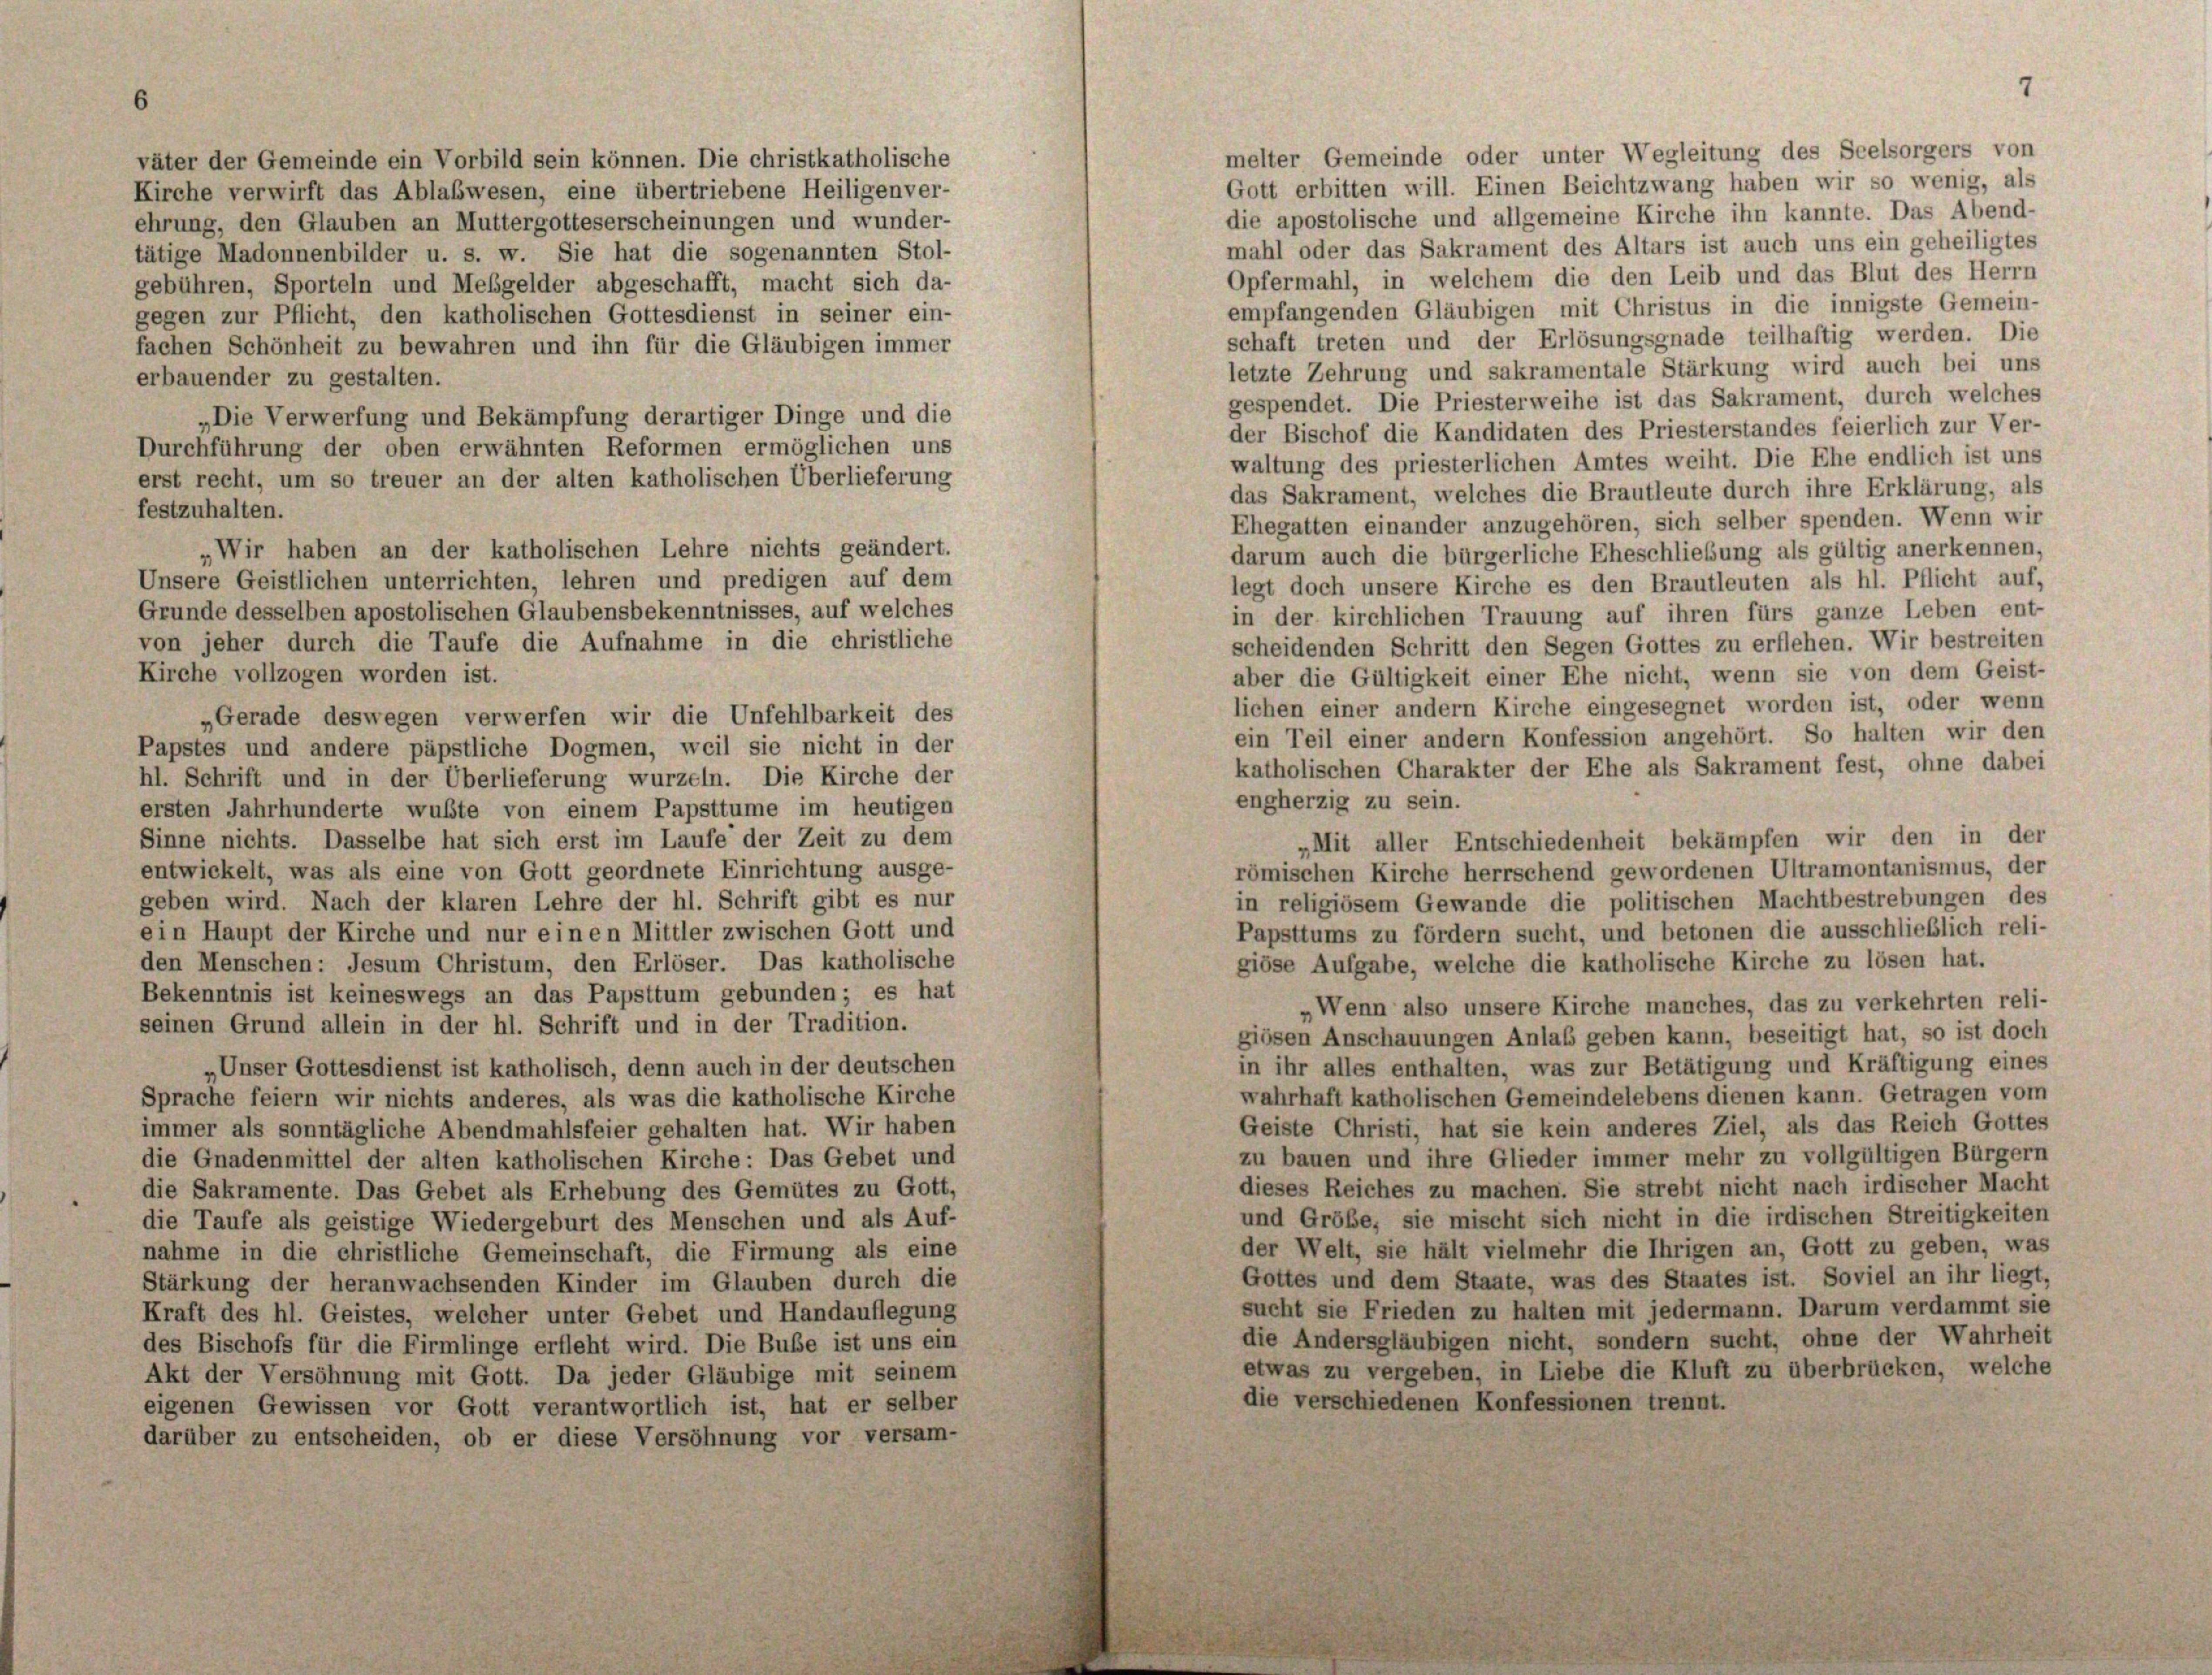
väter der Gemeinde ein Vorbild sein können. Die christkatholische
Kirche verwirft das Ablabwesen, eine übertriebene Heiligen ver-
ehrung, den Glauben an Muttergotteserscheinungen und wunder-
tätige Madonnenbilder u. s. w. Sie hat die sogenannten Stol-
gebühren, Sporteln und Meßgelder abgeschafft, macht sich da-

gegen zur Pflicht, den katholischen Gottesdienst in seiner ein-
fachen Schönheit zu bewahren und ihn für die Gläubigen immer
erbauender zu gestalten.
„Die Verwerfung und Bekämpfung derartiger Dinge und die
Durchführung der oben erwähnten Reformen ermöglichen uns
erst recht, um so treuer an der alten katholischen Überlieferung
festzuhalten.
Wir haben an der katholischen Lehre nichts geändert.
Unsere Geistlichen unterrichten, lehren und predigen auf dem
Grunde desselben apostolischen Glaubensbekenntnisses, auf welches
von jeher durch die Taufe die Aufnahme in die christliche
Kirche vollzogen worden ist.
„Gerade deswegen verwerfen wir die Unfehlbarkeit des
Papstes und andere päpstliche Dogmen, weil sie nicht in der
hl. Schrift und in der Überlieferung wurzeln. Die Kirche der
ersten Jahrhunderte wußte von einem Papsttume im heutigen
Sinne nichts. Dasselbe hat sich erst im Laufe der Zeit zu dem
entwickelt, was als eine von Gott geordnete Einrichtung ausge-
geben wird. Nach der klaren Lehre der hl. Schrift gibt es nur
ein Haupt der Kirche und nur einen Mittler zwischen Gott und
den Menschen: Jesum Christum, den Erlöser. Das katholische
Bekenntnis ist keineswegs an das Papsttum gebunden; es hat
seinen Grund allein in der hl. Schrift und in der Tradition.
„Unser Gottesdienst ist katholisch, denn auch in der deutschen
Sprache feiern wir nichts anderes, als was die katholische Kirche
immer als sonntägliche Abendmahlsfeier gehalten hat. Wir haben
die Gnadenmittel der alten katholischen Kirche: Das Gebet und
die Sakramente. Das Gebet als Erhebung des Gemütes zu Gott,
die Taufe als geistige Wiedergeburt des Menschen und als Auf-
nahme in die christliche Gemeinschaft, die Firmung als eine
Stärkung der heranwachsenden Kinder im Glauben durch die
Kraft des hl. Geistes, welcher unter Gebet und Handauflegung
des Bischofs für die Firmlinge erfleht wird. Die Bube ist uns ein
Akt der Versöhnung mit Gott. Da jeder Gläubige mit seinem
eigenen Gewissen vor Gott verantwortlich ist, hat er selber
darüber zu entscheiden, ob er diese Versöhnung vor versam-

mahl oder das Sakrament des Altars ist auch uns ein geheiligtes
Opfermahl, in welchem die den Leib und das Blut des Herrn
empfangenden Gläubigen mit Christus in die innigste Gemein-
schaft treten und der Erlösungsgnade teilhaftig werden. Die
letzte Zehrung und sakramentale Stärkung wird auch bei uns
gespendet. Die Priesterweihe ist das Sakrament, durch welches
der Bischof die Kandidaten des Priesterstandes feierlich zur Ver-
waltung des priesterlichen Amtes weiht. Die Ehe endlich ist uns
das Sakrament, welches die Brautleute durch ihre Erklärung, als
Ehegatten einander anzugehören, sich selber spenden. Wenn wir
darum auch die bürgerliche Eheschließung als gültig anerkennen,
legt doch unsere Kirche es den Brautleuten als hl. Pflicht auf,
in der kirchlichen Trauung auf ihren fürs ganze Leben ent-
scheidenden Schritt den Segen Gottes zu erflehen. Wir bestreiten
aber die Gültigkeit einer Ehe nicht, wenn sie von dem Geist-
lichen einer andern Kirche eingesegnet worden ist, oder wenn
ein Teil einer andern Konfession angehört. So halten wir den
katholischen Charakter der Ehe als Sakrament fest, ohne dabei
engherzig zu sein.
„Mit aller Entschiedenheit bekämpfen wir den in der
römischen Kirche herrschend gewordenen Ultramontanismus, der
in religiösem Gewände die politischen Machtbestrebungen des
Papsttums zu fördern sucht, und betonen die ausschließlich reli-
giöse Aufgabe, welche die katholische Kirche zu lösen hat.
Wenn also unsere Kirche manches, das zu verkehrten reli-
giösen Anschauungen Anlaß geben kann, beseitigt hat, so ist doch
in ihr alles enthalten, was zur Betätigung und Kräftigung eines
wahrhaft katholischen Gemeindelebens dienen kann. Getragen vom
Geiste Christi, hat sie kein anderes Ziel, als das Reich Gottes
zu bauen und ihre Glieder immer mehr zu vollgültigen Bürgern
dieses Reiches zu machen. Sie strebt nicht nach irdischer Macht
und Gröbe, sie mischt sich nicht in die irdischen Streitigkeiten
der Welt, sie hält vielmehr die Ihrigen an, Gott zu geben, was
Gottes und dem Staate, was des Staates ist. Soviel an ihr liegt,
sucht sie Frieden zu halten mit jedermann. Darum verdammt sie
die Andersgläubigen nicht, sondern sucht, ohne der Wahrheit
etwas zu vergeben, in Liebe die Kluft zu überbrücken, welche
die verschiedenen Konfessionen trennt.

melter Gemeinde oder unter Wegleitung des Seelsorgers von

Gott erbitten will. Einen Beichtzwang haben wir so wenig, als
die apostolische und allgemeine Kirche ihn kannte. Das Abend-